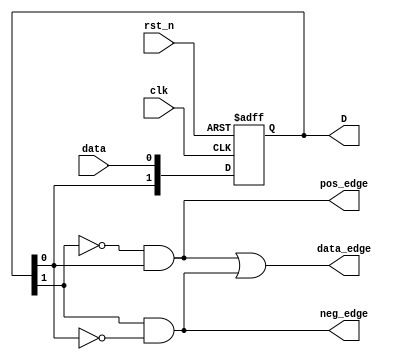
module vs_va2vs(


      input       clk,
	   input       rst_n,
		input       data,
		
		output      pos_edge,    //
		output      neg_edge,    //  
		output      data_edge,  //
		
		output reg     [1:0]   D      
);
	
//
//dat_i 

	always @(posedge clk or negedge rst_n)begin
	    if(rst_n == 1'b0)begin
	        D <= 2'b00;
	    end
	    else begin
	        D <= {D[0], data};  	//D[1]D[0] 
	    end
	end
	
//

	assign  pos_edge = ~D[1] & D[0];
	assign  neg_edge = D[1] & ~D[0];
	assign  data_edge = pos_edge | neg_edge;
	
endmodule